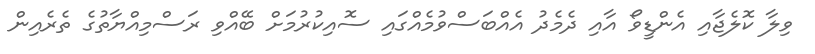
ވިލާ ކޮލެޖާއި އެންޑީވޯ އާއި ދެމެދު އެއްބަސްވުމެއްގައި ސޮއިކުރުމަށް ބޭއްވި ރަސްމިއްޔާތުގެ ތެރެއިން